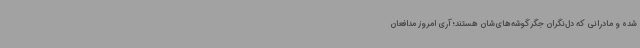
شده و مادرانی که دل‌نگران جگرگوشه‌های‌شان هستند؛ آری امروز مدافعان